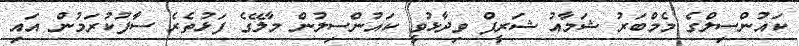
ކައުންސިލްގެ މެމްބަރު ޝަމާއު ޝަރީފް ވިދާޅުވީ ކައުންސިލުން މާލޭގެ ފަޅުތެރެ ސާފުކުރަމުން އައި